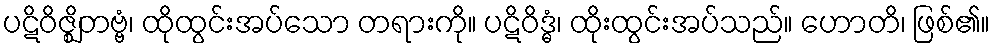
ပဋိဝိဇ္ဈိတဗ္ဗံ၊ ထိုထွင်းအပ်သော တရားကို။ ပဋိဝိဒ္ဓံ၊ ထိုးထွင်းအပ်သည်။ ဟောတိ၊ ဖြစ်၏။